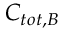
\boldsymbol { C } _ { t o t , B }